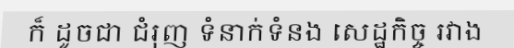
ក៏ ដូចជា ជំរុញ ទំនាក់ទំនង សេដ្ឋកិច្ច រវាង